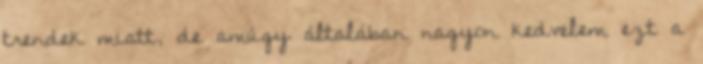
trendek miatt, de amúgy általában nagyon kedvelem ezt a